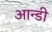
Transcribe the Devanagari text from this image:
आन्डी